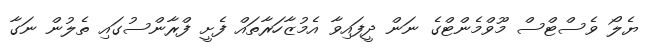
ޔެލޯ ވެސްޓްސް މޫވްމެންޓްގެ ނަން ދީފައިވާ އެމުޒާހަރާތައް ފެށީ ފްރާންސުގައި ތެލުން ނަގާ